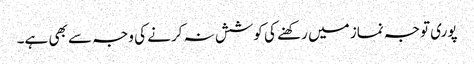
پوری توجہ نماز میں رکھنے کی کوشش نہ کرنے کی وجہ سے بھی ہے۔